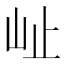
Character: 𭖇